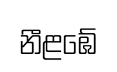
නීළඹේ